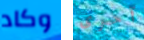
وكاد آخرى